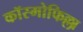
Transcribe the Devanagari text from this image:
कॉस्मोफिल्ला